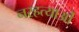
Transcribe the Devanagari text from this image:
नरहत्याओं